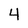
Character: 4